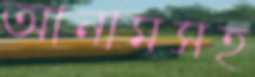
আনামসহ